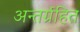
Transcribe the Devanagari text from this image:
अन्तर्ग्रहित